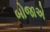
બોજાએ